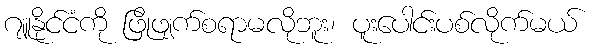
ဂျူနိုင်ငံကို ဖြိုဖျက်စရာမလိုဘူး၊ ပူးပေါင်းပစ်လိုက်မယ်